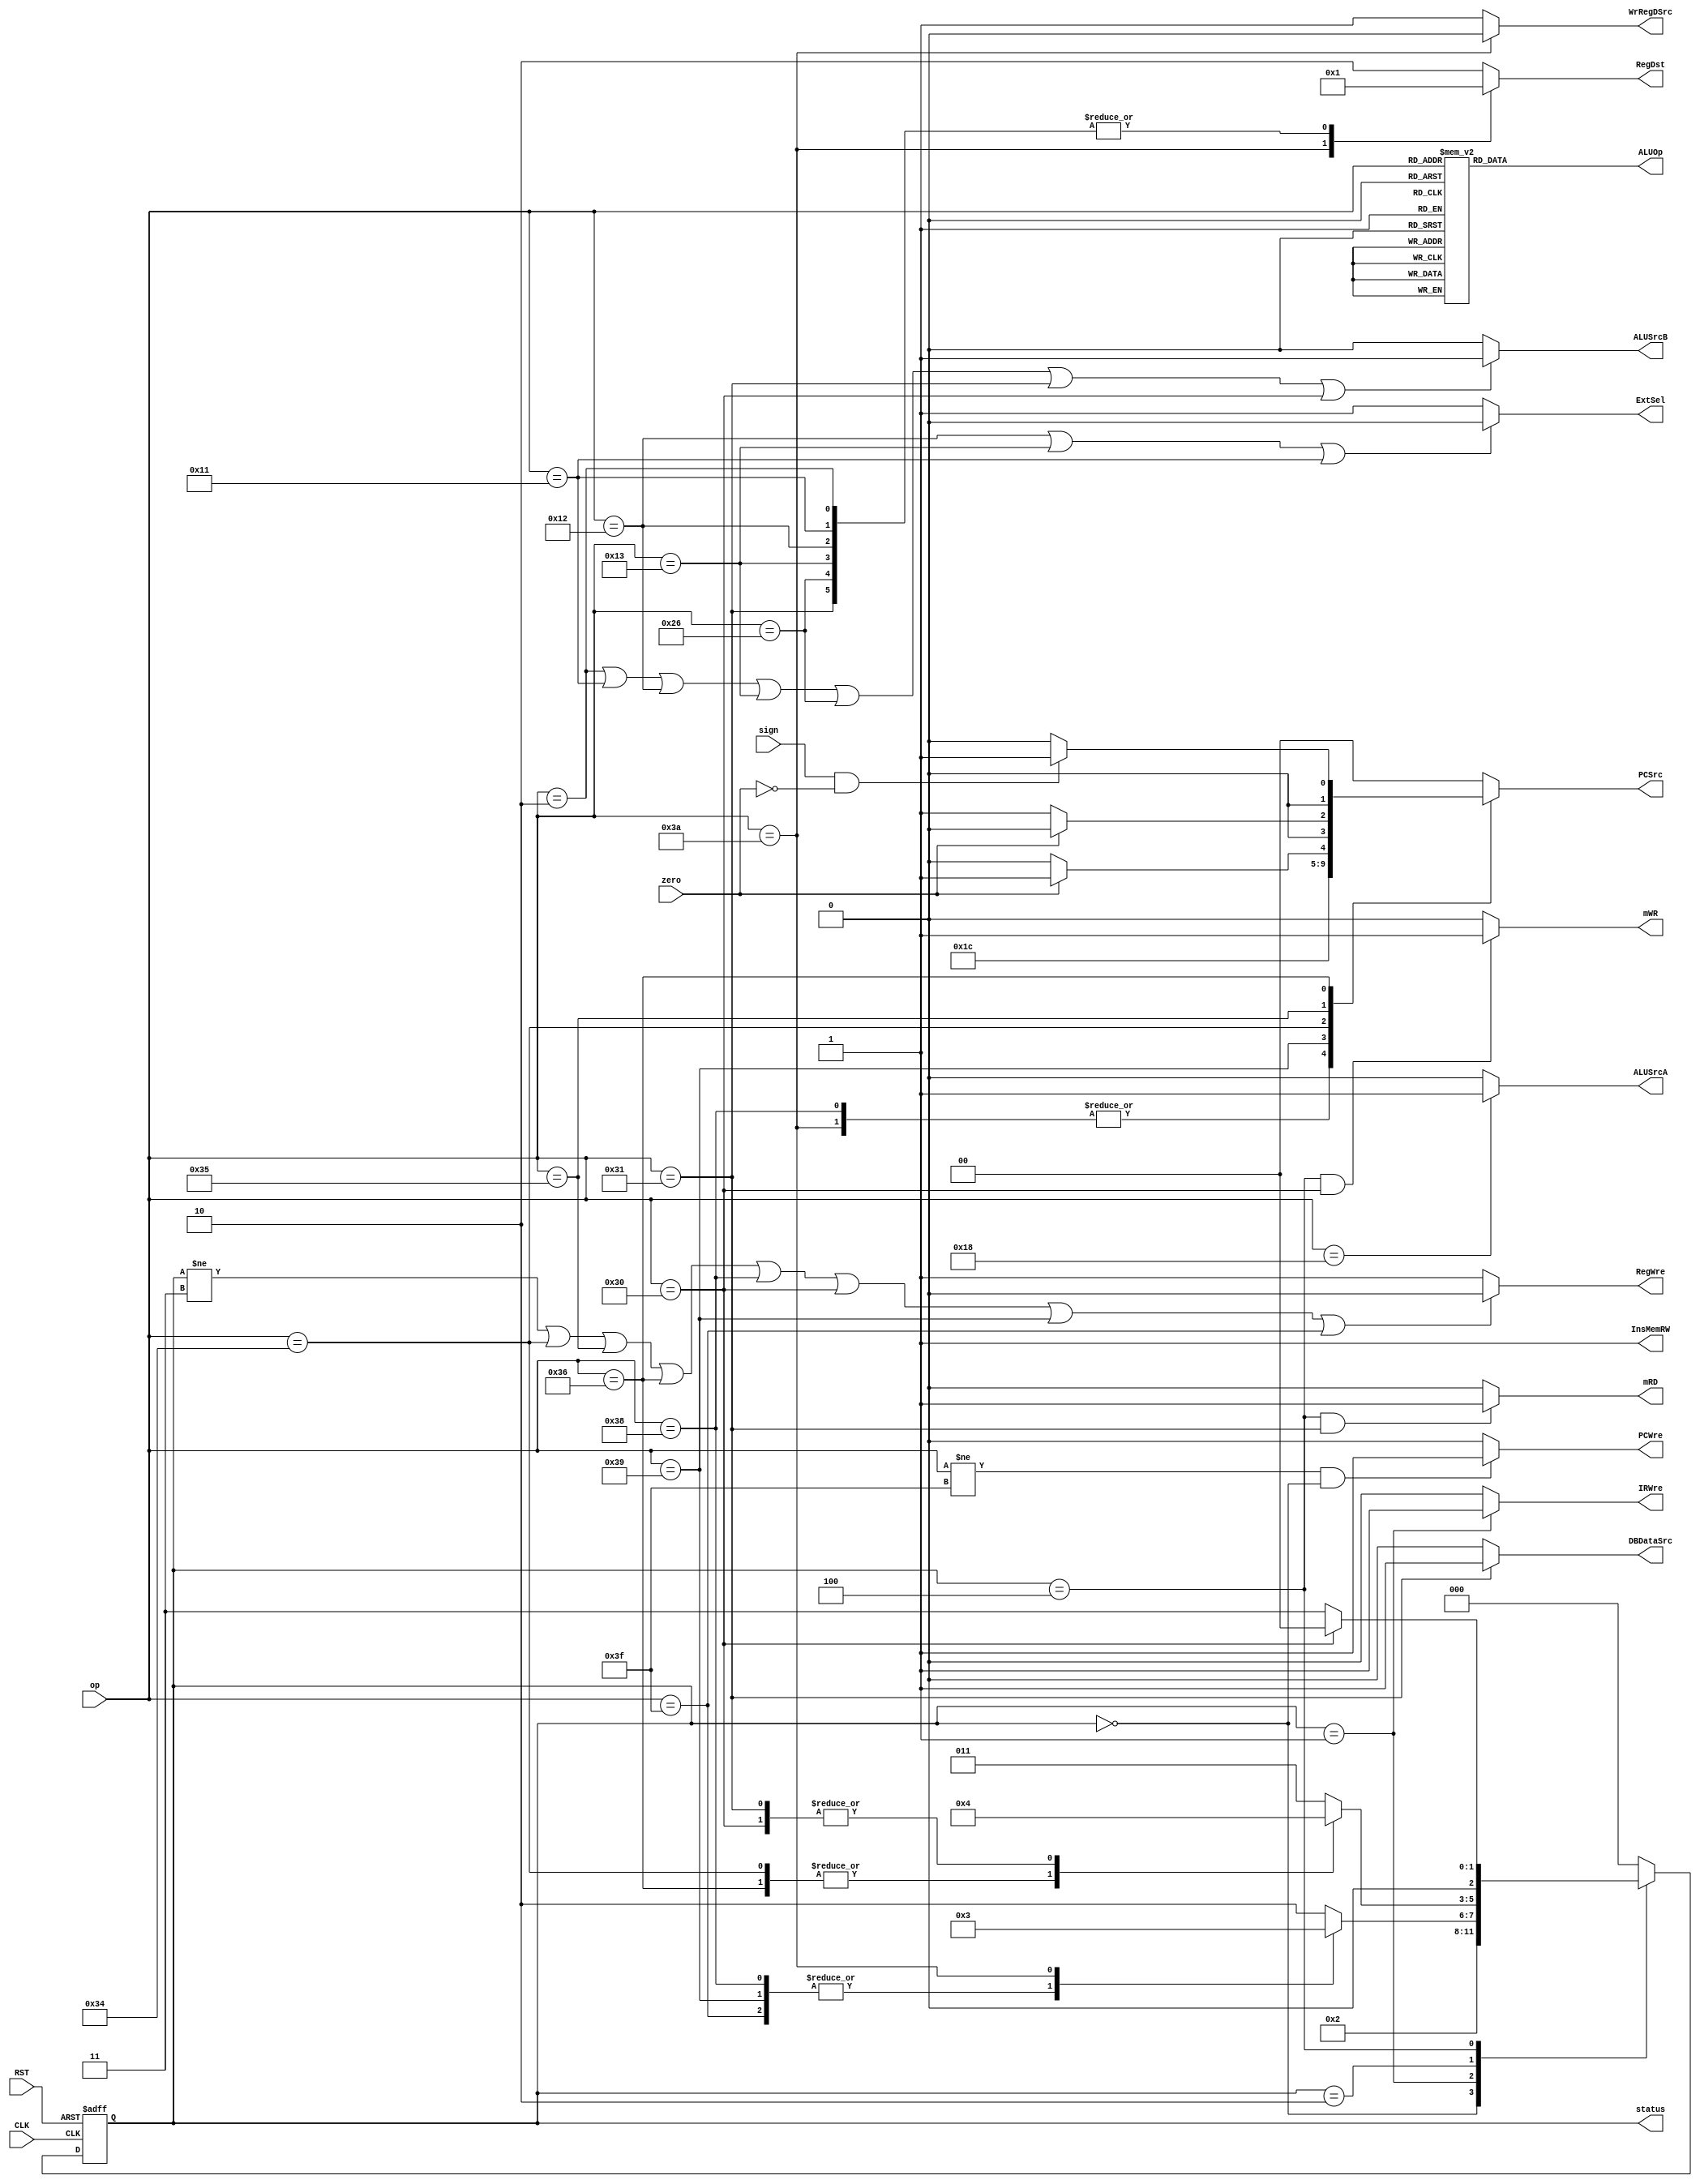
`timescale 1ns / 1ps
//////////////////////////////////////////////////////////////////////////////////
// Company: 
// Engineer: 
// 
// Design Name: 
// Module Name: ControlUnit
// Project Name: 
// Target Devices: 
// Tool Versions: 
// Description: 
// 
// Dependencies: 
// 
// Revision:
// Revision 0.01 - File Created
// Additional Comments:
// 
//////////////////////////////////////////////////////////////////////////////////


module ControlUnit(
        input zero,
        input sign,
        input CLK,
        input RST,         
        input [5:0] op,     
        output reg PCWre, 
        output reg ALUSrcA,     
        output reg ALUSrcB,      
        output reg DBDataSrc, 
        output reg RegWre, 
        output reg WrRegDSrc, // new signal
        output reg InsMemRW, 
        output reg mRD,         
        output reg mWR, 
        output reg IRWre,  // new signal     
        output reg ExtSel,   
        output reg [1:0] PCSrc,  
        output reg [1:0] RegDst,  // extend
        output reg [2:0] ALUOp,    // modified 
        output reg [2:0] status  
    );
    
	parameter ADD  = 6'b000000; /*add*/
	parameter ADDIU  = 6'b000010; /*addiu*/
	parameter SUB  = 6'b000001;/*sub*/
	parameter ORI  = 6'b010010;/*ori*/
	parameter XORI  = 6'b010011;/*xori*/
	parameter AND  = 6'b010000;/*and*/
	parameter ANDI  = 6'b010001;/*andi*/
	parameter SLL  = 6'b011000;/*sll*/
	parameter SLT  = 6'b100111;/*slt*/
	parameter SLTI  = 6'b100110;/*slti*/
	parameter BEQ  = 6'b110100;/*beq*/
	parameter BNE  = 6'b110101;/*bne*/
	parameter BLTZ  = 6'b110110;/*bltz*/
	parameter JAL  = 6'b111010;/*jal*/
	parameter J  = 6'b111000;/*j*/
	parameter JR  = 6'b111001;/*jr*/
	parameter SW  = 6'b110000;/*sw*/
	parameter LW  = 6'b110001;/*lw*/
	parameter HALT  = 6'b111111;/*halt*/

    
    parameter sIF = 3'b000;
    parameter sID = 3'b001;
    parameter sEXE= 3'b010;
    parameter sMEM= 3'b100;
    parameter sWB = 3'b011;
    initial begin
        InsMemRW = 1;
        PCWre = 1;
        mRD = 0;
        mWR = 0;
        DBDataSrc = 0;
        status = 3'b000;
    end
    
    always@(negedge CLK or negedge RST) begin
        if (RST == 0) begin
            status <= 3'b000;
        end
        else begin
            case (status) 
                sIF: status <= sID;
                sID: begin
                        case (op)
                            J, JR, HALT: status <= sIF;
                            JAL: status <= sWB;
                            default: status <= sEXE;
                        endcase
                end
                sEXE: begin
                        case (op)
                            BEQ, BLTZ: status <= sIF;
                            SW, LW: status <= sMEM;
                            default: status <= sWB;
                        endcase
                end
                sMEM: begin
                        case (op)
                            SW: status <= sIF;
                            default: status <= sWB;
                        endcase
                end
                sWB: status <= sIF;
                default: status <= sIF;           
            endcase
        end
    end
    
    always@(op or zero or sign or status) 
    begin
        InsMemRW = 1;  
        PCWre = (op != HALT && status == sIF) ? 1 : 0;   //halt
        ALUSrcA = (op == SLL) ? 1 : 0;
        ALUSrcB = (op == ADDIU || op == ANDI || op == ORI || op == XORI || op == SLTI || op == LW || op == SW) ? 1 : 0;
        DBDataSrc = (op == LW) ? 1 : 0;
        RegWre = (status != sWB || op == BEQ || op == BNE || op == BLTZ || op == J || op == SW || op == JR || op == HALT) ? 0 : 1;
        WrRegDSrc = (op == JAL) ? 0 : 1;
        
        mRD = (status == sMEM && op == LW) ? 1 : 0;
        mWR = (status == sMEM && op == SW) ? 1 : 0;     //sw
        IRWre = (status == sID) ? 1 : 0;
        ExtSel = (op == ORI || op == XORI || op == ANDI) ? 0 : 1;
        
        case (op) 
            J, JAL: PCSrc = 2'b11;
            JR: PCSrc = 2'b10;
            BEQ: PCSrc = (zero == 1) ? 2'b01 : 2'b00;
			BNE: PCSrc = (zero == 0) ? 2'b01 : 2'b00;
            BLTZ: PCSrc = (sign == 1 && zero == 0) ? 2'b01: 2'b00;
            default: PCSrc = 2'b00;
        endcase
        
        case (op)
            JAL: RegDst = 2'b00;
            ADDIU, ANDI, ORI, XORI, SLTI, LW: RegDst = 2'b01;
            default: RegDst = 2'b10;
        endcase
        
        case (op) 
            ADD, ADDIU, SW, LW: 
                    ALUOp = 3'b000;
            SUB, BEQ, BNE, BLTZ: 
                    ALUOp = 3'b001;
            SLT, SLTI:
                    ALUOp = 3'b110;
            SLL:
                    ALUOp = 3'b010;
            ORI:
                    ALUOp = 3'b011;
            AND, ANDI:
                    ALUOp = 3'b100;
			XORI:
					ALUOp = 3'b111;
            default:
                    ALUOp = 3'b000;         
        endcase
    end
endmodule